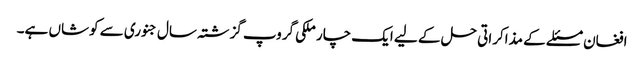
افغان مسئلے کے مذاکراتی حل کے لیے ایک چار ملکی گروپ گزشتہ سال جنوری سے کوشاں ہے۔